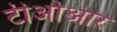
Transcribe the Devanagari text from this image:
टीओआर